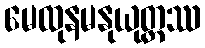
မေထုနမနုယုတ္တဿ